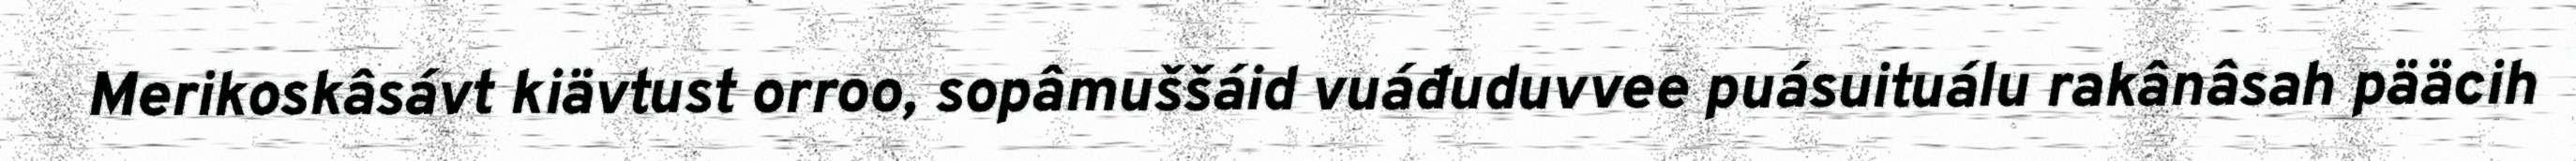
Merikoskâsávt kiävtust orroo, sopâmuššáid vuáđuduvvee puásuituálu rakânâsah pääcih